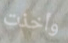
وأخذت